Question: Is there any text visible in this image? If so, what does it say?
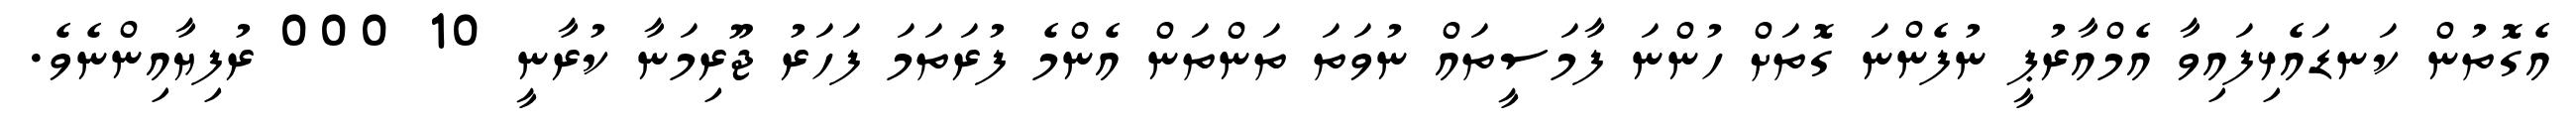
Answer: އެގޮތުން ކަނޑައެޅިފައިވާ އެމްއާރުޕީ ނުފެންނަ ގޮތަށް ހުންނަ ފާމަސީތައް ނުވަތަ ތަންތަން އެންމެ ފުރަތަމަ ފަހަރު ޖޫރިމަނާ ކުރާނީ 10 000 ރުފިޔާއިންނެވެ.